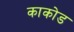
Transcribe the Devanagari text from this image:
काकोड